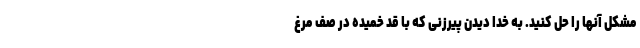
مشکل آنها را حل کنید. به خدا دیدن پیرزنی که با قد خمیده در صف مرغ